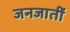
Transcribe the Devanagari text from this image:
जनजातीं